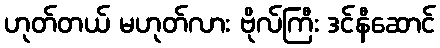
ဟုတ်တယ် မဟုတ်လား ဗိုလ်ကြီး ဒင်နီဆောင်